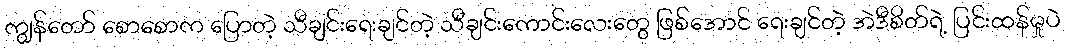
ကျွန်တော် စောစောက ပြောတဲ့ သီချင်းရေးချင်တဲ့ သီချင်းကောင်းလေးတွေ ဖြစ်အောင် ရေးချင်တဲ့ အဲဒီစိတ်ရဲ့ ပြင်းထန်မှုပဲ